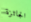
الجائزة